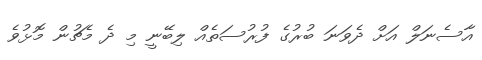
އާސެނަލް އަށް ދެވަނަ ބުރުގެ ފުރުސަތެއް ލިބޭނީ މި ދެ މެޗުން މޮޅުވެ